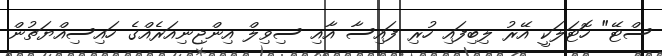
ސްޓޭ" ހޮޓަލަކީ އޭރު ލިބިފައި ހުރި ފައިސާ އާއި ސިވިލް އިންޖިނިއަރެއްގެ ހައިސިއްޔަތުން